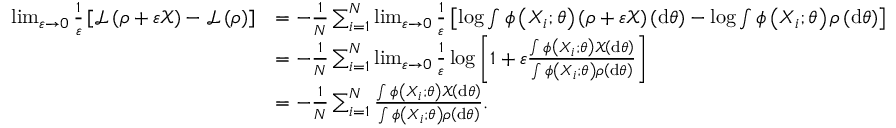
\begin{array} { r l } { \operatorname* { l i m } _ { \varepsilon \to 0 } \frac { 1 } { \varepsilon } \left[ \mathcal { L } \left( \rho + \varepsilon \mathcal { X } \right) - \mathcal { L } \left( \rho \right) \right] } & { = - \frac { 1 } { N } \sum _ { i = 1 } ^ { N } \operatorname* { l i m } _ { \varepsilon \to 0 } \frac { 1 } { \varepsilon } \left[ \log \int \phi \left( X _ { i } ; \theta \right) \left( \rho + \varepsilon \mathcal { X } \right) \left( \mathrm { d } \theta \right) - \log \int \phi \left( X _ { i } ; \theta \right) \rho \left( \mathrm { d } \theta \right) \right] } \\ & { = - \frac { 1 } { N } \sum _ { i = 1 } ^ { N } \operatorname* { l i m } _ { \varepsilon \to 0 } \frac { 1 } { \varepsilon } \log \left[ 1 + \varepsilon \frac { \int \phi \left( X _ { i } ; \theta \right) \mathcal { X } \left( \mathrm { d } \theta \right) } { \int \phi \left( X _ { i } ; \theta \right) \rho \left( \mathrm { d } \theta \right) } \right] } \\ & { = - \frac { 1 } { N } \sum _ { i = 1 } ^ { N } \frac { \int \phi \left( X _ { i } ; \theta \right) \mathcal { X } \left( \mathrm { d } \theta \right) } { \int \phi \left( X _ { i } ; \theta \right) \rho \left( \mathrm { d } \theta \right) } . } \end{array}